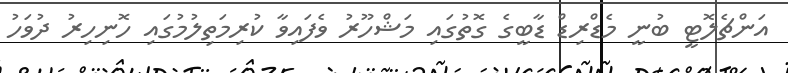
އަންޗެލޮޓީ ބުނީ މެޑްރިޑް ޑާބީގެ ގޮތުގައި މަޝްހޫރު ވެފައިވާ ކުރިމަތިލުމުގައި ހޮނިހިރު ދުވަހު